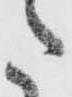
た